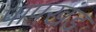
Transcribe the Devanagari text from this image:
पापखंड